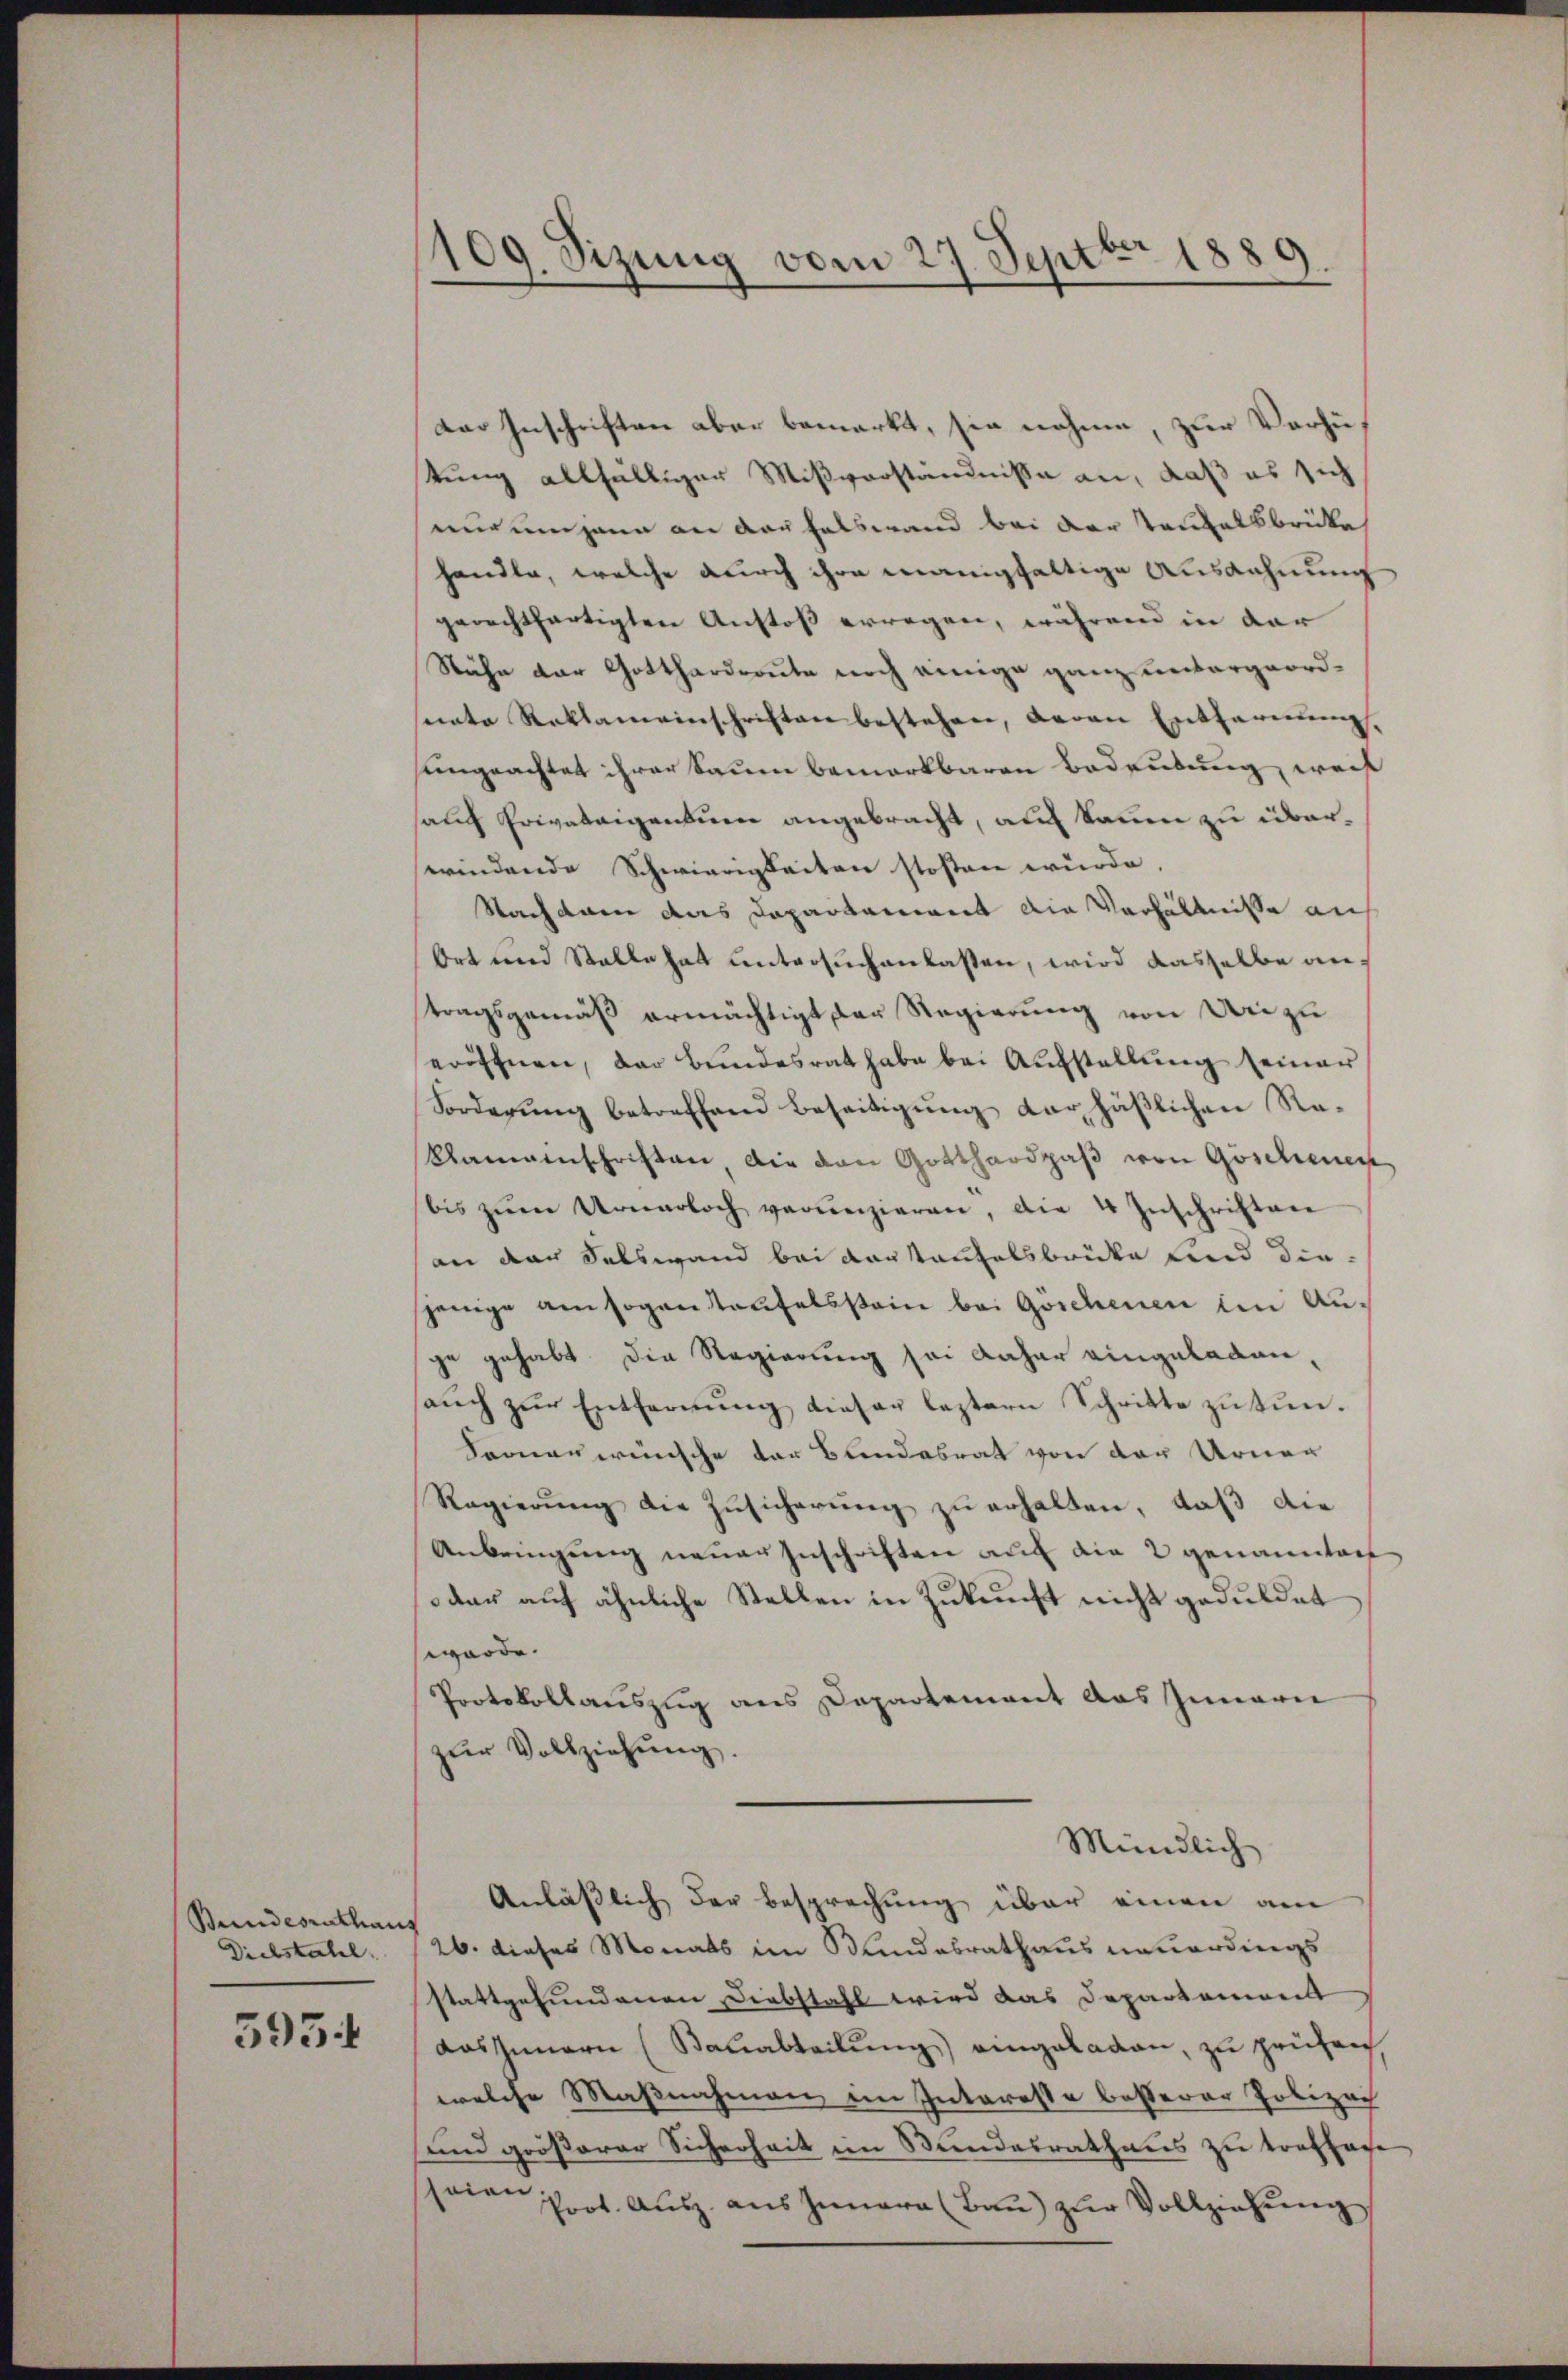
Bundesrathan
Diebstahl.

595

109. Sizung vom 27. Septbr 1889

Der Inschriften aber bemerkt, sie nahme, zur Verhütung allfälliger Mißverständnisse an, daß es sich
nurungenen an das falswand bei der Teufelsbrücke
handle, welche durch ihre wanigfaltige Ausdehnung
gerechtfertigten Anstoß erwegen, während in der
Stähe der Gotthardraute noch einige ganz unbergeordnate Reklameinschriften bestehen, devan Entfernŭng,
ungeachtet ihrer Saum bemerkbaren Bedeutung, weis
sauf Privateigentum angebracht, auf kann zu überwindende Schwierigkeiten stosten wurde,
Nachdem das Dapartament die Verhältnisse an
Ort und Stelle hat untersuchenlassen, wird dasselbe antragsgemäß ermächtigt der Regierung von Uri zu
eröffnen, der Bŭndesrat habe bei Aŭfstellŭng seiner
Forderŭng betreffend Beseitigŭng der häβlichen Ra-
Kaminschriften die den Gotthardpaβ von Göschener
bis zŭm Urnerloch verŭnzieren, die 4 Inschriften
an der Selswand bei daraufelsbrücke und die
jenige am sogen Taufelsstain bei Göschenen im Auge gehabt. Die Regierung sei daher eingeladen,
aŭch zŭr Entfernung dieser leztern Schritte zu tun¬
Ferner wünsche der Bandesrat von der Urner
Regierŭng die Zŭsicherŭng zŭ erhalten, daß die
Anbringung neuer Zuschriften auf die 2 genannten
dar auf ähnliche Stellen in Zukunft nicht geduldet
würde.
Protokollauszug aus Departement das Innern
zŭr Vollziehŭng.
Mündlich
Anlässlich der Besprechung über einen am
26. dieses Monats im Sandabrathaus neuerdings
stattgefundenen Diebstahl wird das Departement
das Innern (Bauabteilung) eingeladen, zu prüfen,
welche Maßnahmen im Interesse besserer Polizei
und größerer Sicherheit im Stundesrathens zu traffage
seine Prot. Ausz. aus Innera (Bau) zŭr Vollziehung